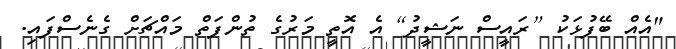
"އެއް ބޭފުޅަކު [ރައީސް ނަޝީދު] އެ އޮތީ މަރުގެ ތުންފަތް މައްޗަށް ގެނެސްފައި.